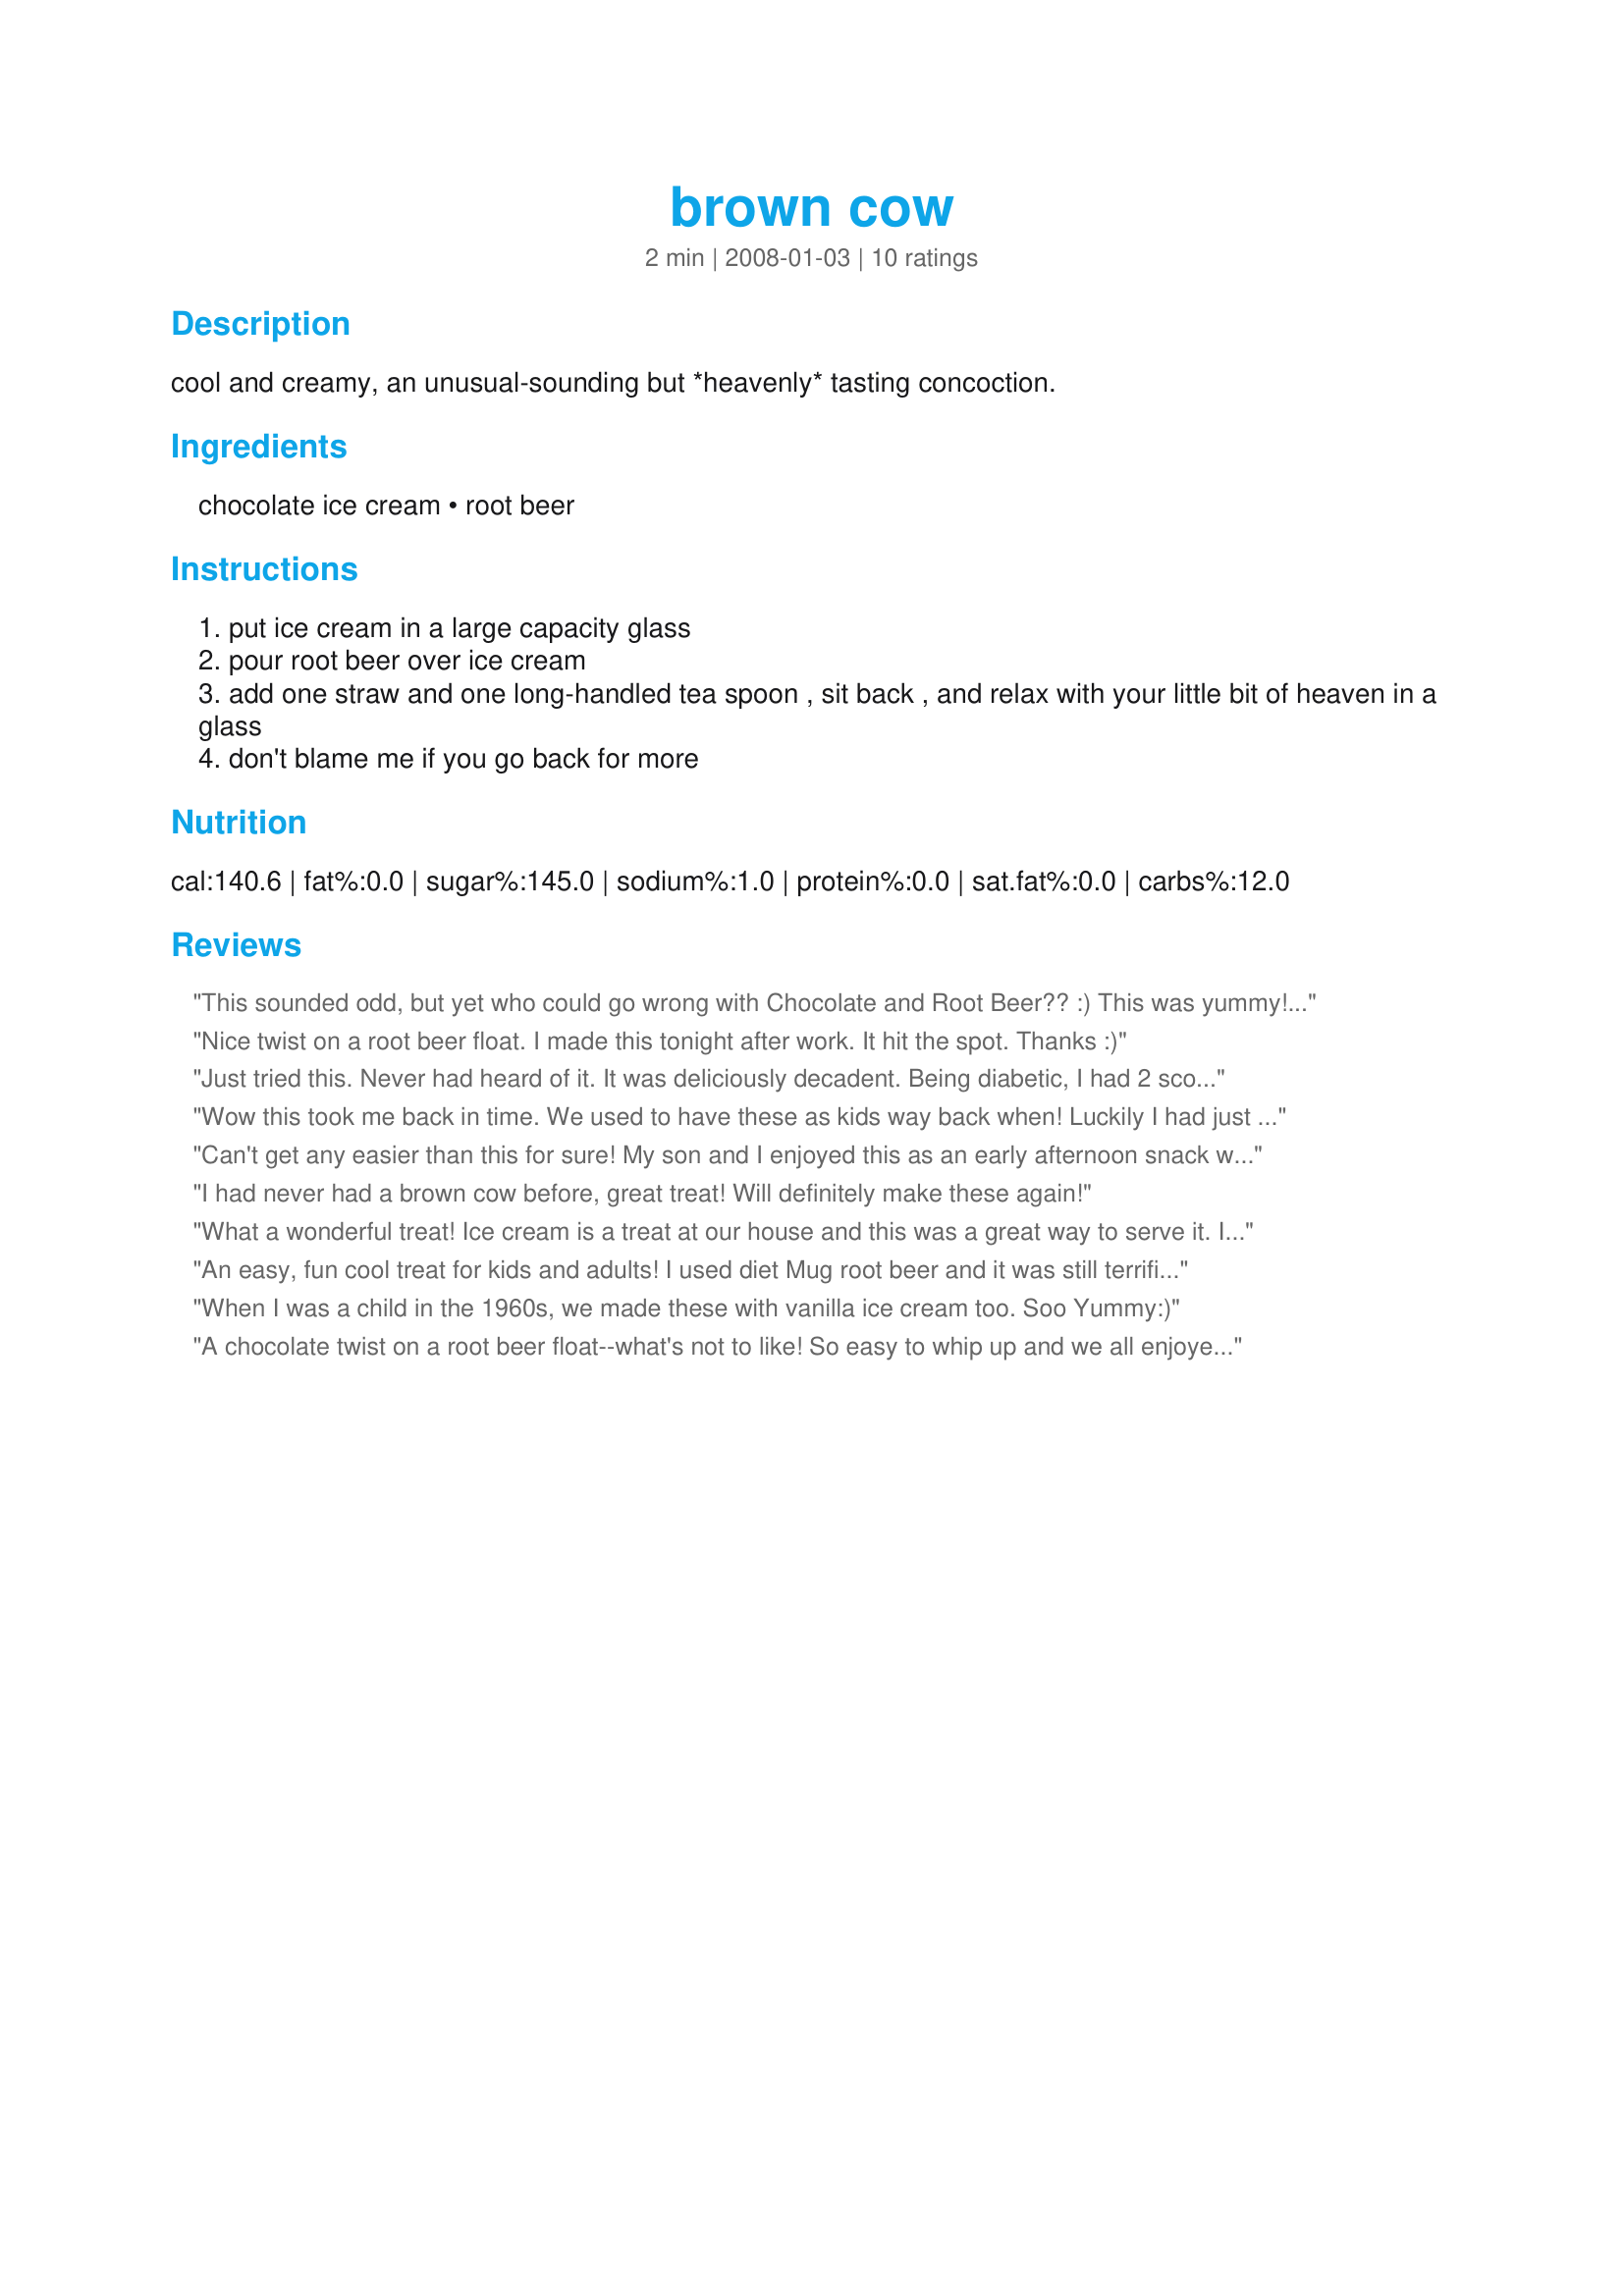
brown cow
Preparation time: 2 minutes

cool and creamy, an unusual-sounding but *heavenly* tasting concoction.

Ingredients:
chocolate ice cream, root beer

Steps:
put ice cream in a large capacity glass
pour root beer over ice cream
add one straw and one long-handled tea spoon , sit back , and relax with your little bit of heaven in a glass
don't blame me if you go back for more

Reviews:
This sounded odd, but yet who could go wrong with Chocolate and Root Beer?? :) This was yummy!! Will definately make this again!!
Nice twist on a root beer float. I made this tonight after work. It hit the spot. Thanks :)
Just tried this. Never had heard of it. It was deliciously decadent. Being diabetic, I had 2 scoops of ice cream and 1 diet root beer. And was within my allotment. It was my whole supper. I am feeling the wonderful guilty pleasure of indulgence, and yet am truly guilt-less. Thank you!
Wow this took me back in time. We used to have these as kids way back when! Luckily I had just bought chocolate ice cream so we whipped up a couple and talked about the times we used to drink these while sitting at the corner drugstore soda fountain. TYFS
Can't get any easier than this for sure! My son and I enjoyed this as an early afternoon snack while he is home recovering from bronchitis. Glad I tagged you in the Potluck Tag Game. :) Thanks!
I had never had a brown cow before, great treat! Will definitely make these again!
What a wonderful treat! Ice cream is a treat at our house and this was a great way to serve it. I've never heard of a brown cow before. This will be great during the Summer when it's hot outside! Thanks so much for posting!!
An easy, fun cool treat for kids and adults! I used diet Mug root beer and it was still terrific. I served these with "crazy straws" and long spoons. The kiddos got a kick out of the name "brown cow." Thanx for sharing.
When I was a child in the 1960s, we made these with vanilla ice cream too. Soo Yummy:)
A chocolate twist on a root beer float--what's not to like! So easy to whip up and we all enjoyed it!
